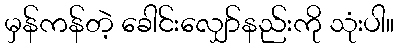
မှန်ကန်တဲ့ ခေါင်းလျှော်နည်းကို သုံးပါ။